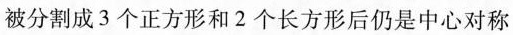
被分割成3个正方形和2个长方形后仍是中心对称